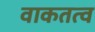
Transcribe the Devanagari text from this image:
वाकतत्व